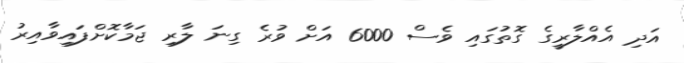
އަދި އެއްލާރީގެ ގޮތުގައި ވެސް 6000 އަށް ވުރެ ގިނަ ލާރި ޖަމާކޮށްފައިވާއިރު